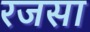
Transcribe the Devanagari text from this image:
रजसा